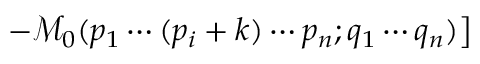
\left. - { \mathcal { M } } _ { 0 } ( p _ { 1 } \cdots ( p _ { i } + k ) \cdots p _ { n } ; q _ { 1 } \cdots q _ { n } ) \right]